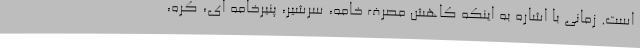
است. زمانی با اشاره به اینکه کاهش مصرف خامه، سرشیر، پنیرخامه ای، کره،